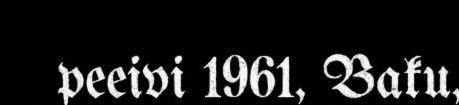
peeivi 1961, Baku,